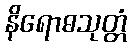
နိရောဓသုတ္တံ